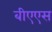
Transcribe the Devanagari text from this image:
बीएएस